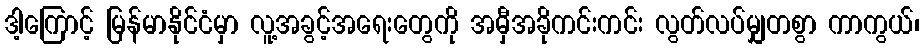
ဒါ့ကြောင့် မြန်မာနိုင်ငံမှာ လူ့အခွင့်အရေးတွေကို အမှီအခိုကင်းကင်း လွတ်လပ်မျှတစွာ ကာကွယ်၊